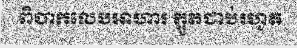
ពិបាកលេបអាហារ ក្អួតជាប់រហូត